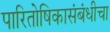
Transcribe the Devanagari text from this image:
पारितोषिकासंबंधीचा